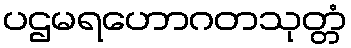
ပဌမရဟောဂတသုတ္တံ